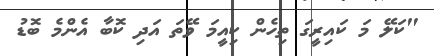
"ކަލޭ މަ ކައިރީގަ ތިހެން ކިއީމަ ވޭތަ އަދި ކޮބާ އެންމެ ބޮޑު